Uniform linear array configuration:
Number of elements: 24
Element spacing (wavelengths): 0.5
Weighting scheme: hann
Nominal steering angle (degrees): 45
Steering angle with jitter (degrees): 46.414
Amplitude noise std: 0.05
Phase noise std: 0.05

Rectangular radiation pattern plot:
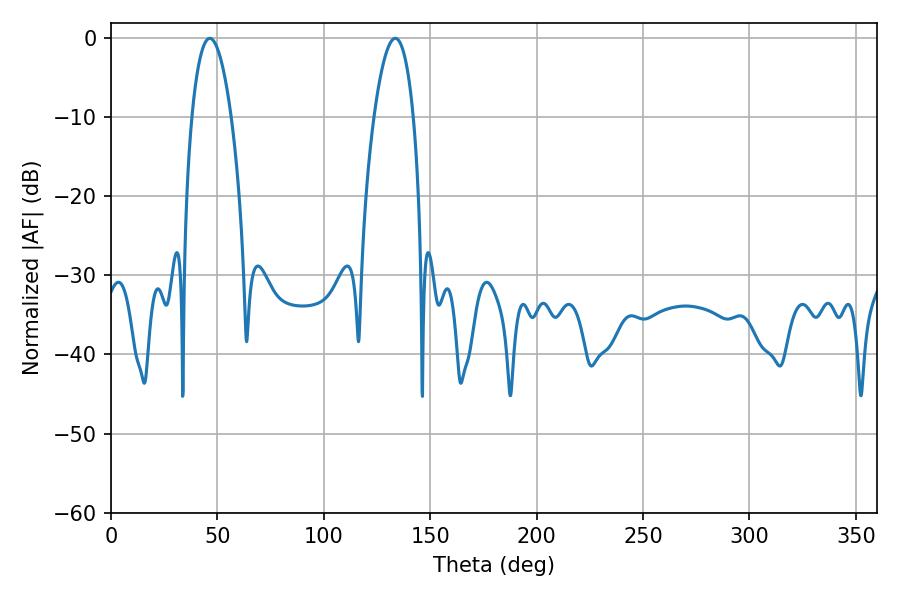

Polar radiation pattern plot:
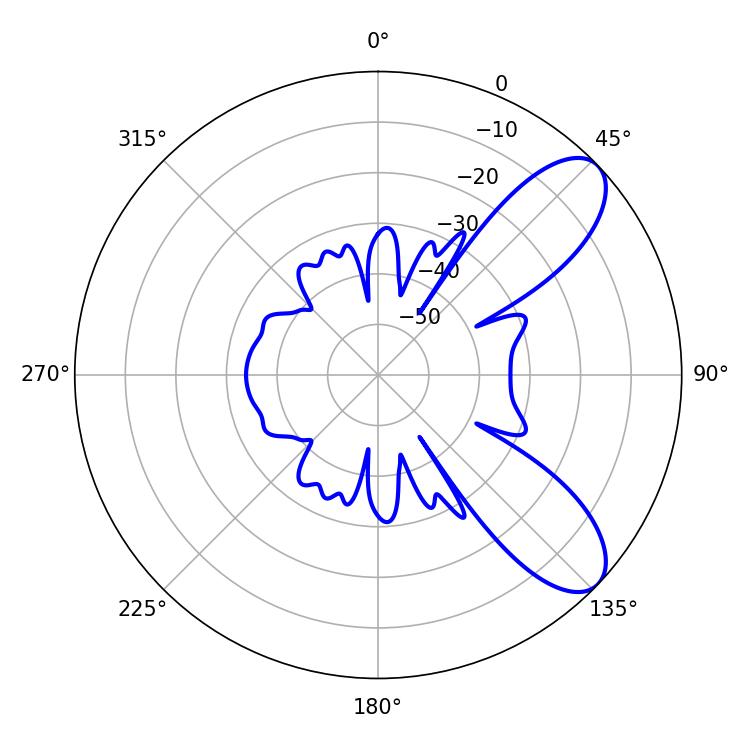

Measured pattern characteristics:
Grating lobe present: FALSE
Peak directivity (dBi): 8.555
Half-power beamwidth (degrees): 10.26
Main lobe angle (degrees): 46.44